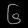
Digit: ၆